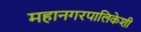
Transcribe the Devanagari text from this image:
महानगरपालिकेशी